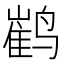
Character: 𮹙